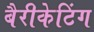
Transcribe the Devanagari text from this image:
बैरीकेटिंग